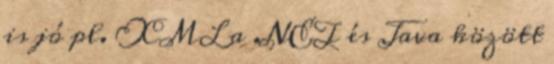
is jó pl. XML a .NET és Java között